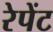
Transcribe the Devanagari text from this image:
रेपेंट